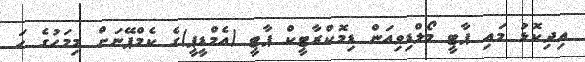
އިދިކޮޅު މައި ޕާޓީ މޯލްޑިވިއަން ޑިމޮކްރާޓީކް ޕާޓީ (އެމްޑީޕީ)ގެ ކެމްޕޭނަށް މިމަހުގެ ހަ